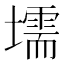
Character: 壖